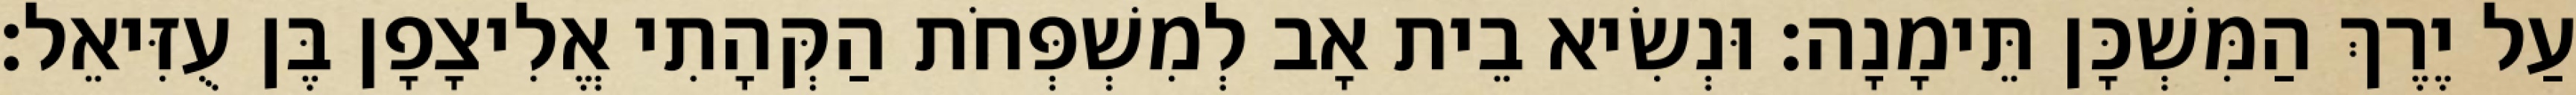
עַל יֶרֶךְ הַמִּשְׁכָּן תֵּימָנָה׃ וּנְשִׂיא בֵית אָב לְמִשְׁפְּחֹת הַקְּהָתִי אֱלִיצָפָן בֶּן עֻזִּיאֵל׃